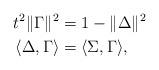
LaTeX: \begin{align*} t^2 \|\Gamma\|^2 & = 1- \|\Delta\|^2 \\ \langle \Delta,\Gamma\rangle & = \langle \Sigma,\Gamma\rangle,\end{align*}